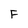
Character: F